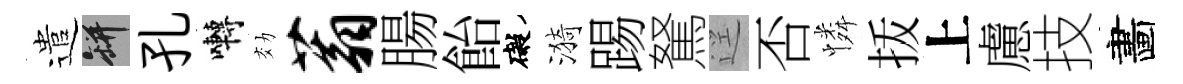
遣瓶孔囀効蓊腸飴礙漪踢駑逕否憐㧞上慮技畵